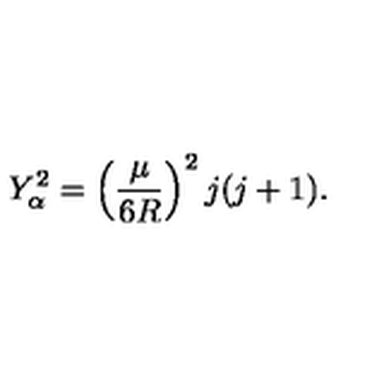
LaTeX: Y _ { \alpha } ^ { 2 } = \left( \frac { \mu } { 6 R } \right) ^ { 2 } j ( j + 1 ) .